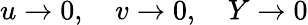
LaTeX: u\rightarrow 0,\quad v\rightarrow 0,\quad Y\rightarrow 0